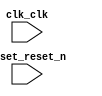

module ADC (
	clk_clk,
	reset_reset_n);	

	input		clk_clk;
	input		reset_reset_n;
endmodule